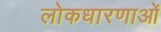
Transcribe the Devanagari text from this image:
लोकधारणाओं